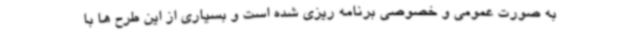
به صورت عمومی و خصوصی برنامه ریزی شده است و بسیاری از این طرح ها با